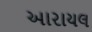
આરાયલ